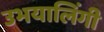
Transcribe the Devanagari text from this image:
उभयालिंगी